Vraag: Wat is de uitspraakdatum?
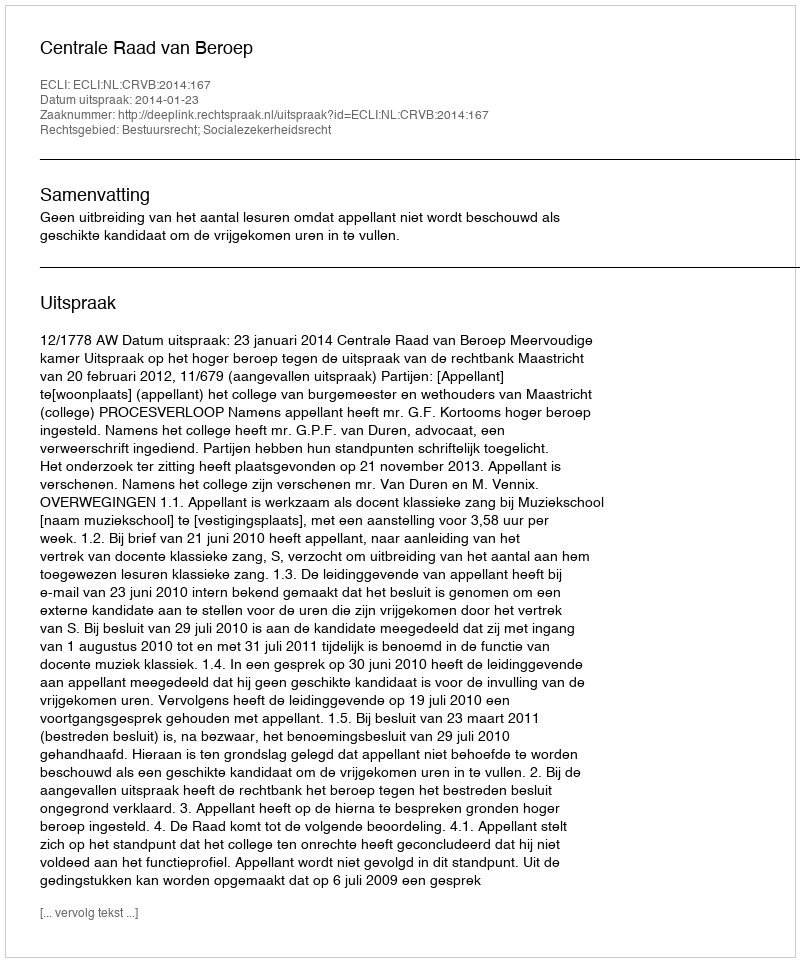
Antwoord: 2014-01-23